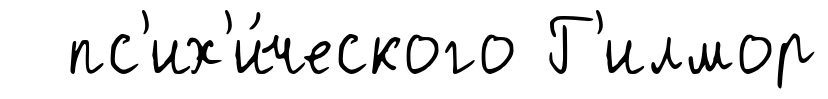
пс'их'и́ческого Г'илмор